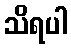
သိရပါ